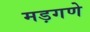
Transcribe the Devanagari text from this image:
मड़गणे